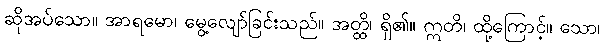
ဆိုအပ်သော။ အာရမော၊ မွေ့လျော်ခြင်းသည်။ အတ္ထိ၊ ရှိ၏။ ဣတိ၊ ထို့ကြောင့်။ သော၊